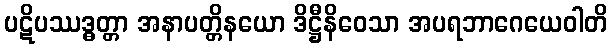
ပဋိပဿဒ္ဓတ္တာ အနာပတ္တိနယော ဒိဋ္ဌီနိဝေသာ အပရဘာဂေယေဝါတိ